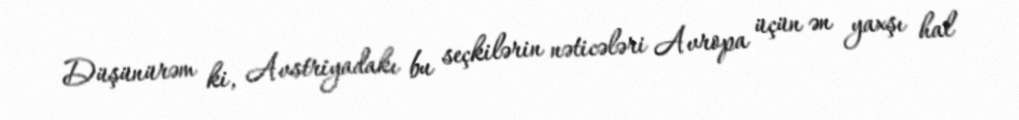
Düşünürəm ki, Avstriyadakı bu seçkilərin nəticələri Avropa üçün ən yaxşı hal